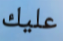
عليك